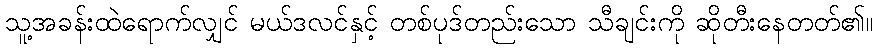
သူ့အခန်းထဲရောက်လျှင် မယ်ဒလင်နှင့် တစ်ပုဒ်တည်းသော သီချင်းကို ဆိုတီးနေတတ်၏။